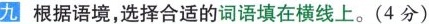
九 根据语境，选择合适的词语填在横线上。(4分)